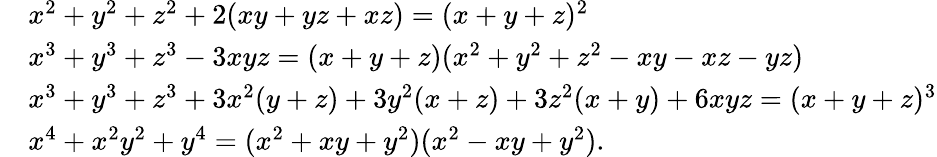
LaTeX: {\begin{array}{rl}&{x^{2}+y^{2}+z^{2}+2(xy+yz+xz)=(x+y+z)^{2}}\\ &{x^{3}+y^{3}+z^{3}-3xyz=(x+y+z)(x^{2}+y^{2}+z^{2}-xy-xz-yz)}\\ &{x^{3}+y^{3}+z^{3}+3x^{2}(y+z)+3y^{2}(x+z)+3z^{2}(x+y)+6xyz=(x+y+z)^{3}}\\ &{x^{4}+x^{2}y^{2}+y^{4}=(x^{2}+xy+y^{2})(x^{2}-xy+y^{2}).}\end{array}}